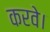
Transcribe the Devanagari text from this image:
करवे।